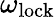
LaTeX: \omega_{\mathrm{lock}}